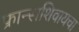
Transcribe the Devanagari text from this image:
फ्रान्सशिवायचा